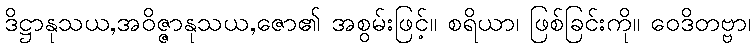
ဒိဋ္ဌာနုသယ,အဝိဇ္ဇာနုသယ,ဇော၏ အစွမ်းဖြင့်။ စရိယာ၊ ဖြစ်ခြင်းကို။ ဝေဒိတဗ္ဗာ၊